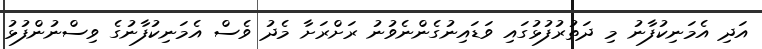
އަދި އެމަނިކުފާނު މި ދަތުރުފުޅުގައި ވަޑައިނުގެންނެވުނު ރަށްރަށާ މެދު ވެސް އެމަނިކުފާނުގެ ވިސްނުންފުޅު